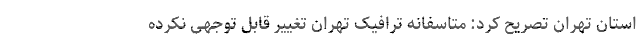
استان تهران تصریح کرد: متاسفانه ترافیک تهران تغییر قابل توجهی نکرده